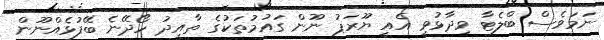
ނަމަވެސް ބްލެޓާ ވިދާޅުވީ އެއީ ޔޫރަޕު ނޫން ގައުމުތަކުގެ ތާއީދު ހޯދޭނެ ބޭފުޅެއްނޫން